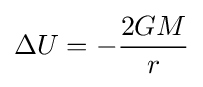
\Delta U=-{\frac {2GM}{r}}